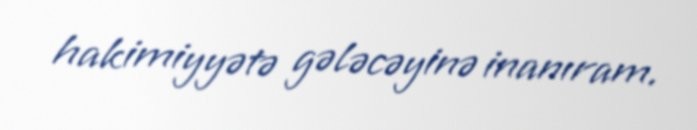
hakimiyyətə gələcəyinə inanıram.